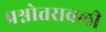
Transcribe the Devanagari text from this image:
प्रश्नोत्तरावली